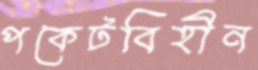
পকেটবিহীন